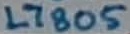
Text: L7805